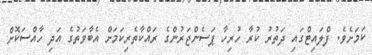
ކަމަށެވެ. ފްލައިޓްގައި ދަތުރު ކުރާ ހުރިހާ ޕަސެންޖަރުންގެ ރައްކާތެރިކަމަށް އެބާވަތުގެ އަދި ހާއްސަކޮށް